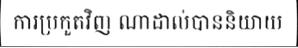
ការប្រកួតវិញ ណាដាល់បាននិយាយ